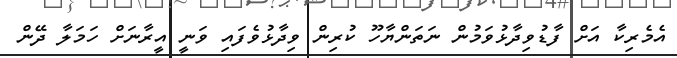
އެމެރިކާ އަށް ފާޑުވިދާޅުވަމުން ނަތަންޔާހޫ ކުރިން ވިދާޅުވެފައި ވަނީ އީރާނަށް ހަމަލާ ދޭން